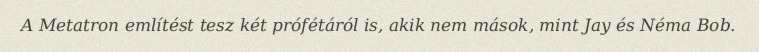
A Metatron említést tesz két prófétáról is, akik nem mások, mint Jay és Néma Bob.